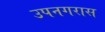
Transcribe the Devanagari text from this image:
उपनगरास